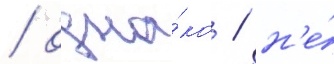
/ одна́ко / н'е́